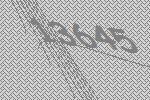
13645